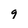
Character: 9